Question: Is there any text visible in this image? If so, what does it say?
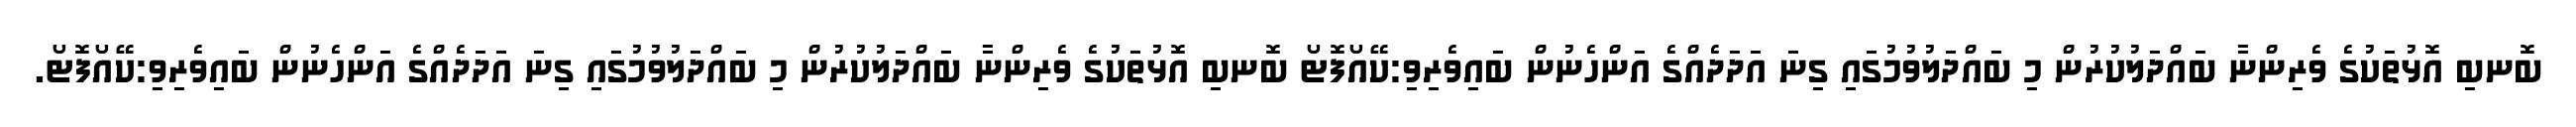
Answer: ބޮނބި އޮޅުތަކުގެ ވެރިންނާ ބައްދަލުކުރުން މި ބައްދަލުވުމުގައި ގިނަ އަދަދެއްގެ އަންހެނުން ބައިވެރިވި:ކޭއޯފޮޓޯ ބޮނބި އޮޅުތަކުގެ ވެރިންނާ ބައްދަލުކުރުން މި ބައްދަލުވުމުގައި ގިނަ އަދަދެއްގެ އަންހެނުން ބައިވެރިވި:ކޭއޯފޮޓޯ.